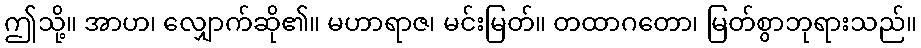
ဤသို့။ အာဟ၊ လျှောက်ဆို၏။ မဟာရာဇ၊ မင်းမြတ်။ တထာဂတော၊ မြတ်စွာဘုရားသည်။